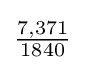
{\tfrac {7,371}{1840}}